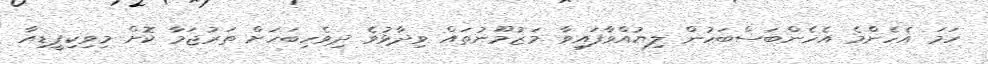
ހަމަ އެހެންމެ އެހެންބަސްބަހުން ލިޔުއްވާފައިވާ މަޒުމޫނުތައް ވިދާޅުވެ ދިވެހިބަހަށް ތަރުޖަމާ ކޮށް މިވިކިޕީޑިއާ